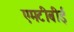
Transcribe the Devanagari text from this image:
एमटीबीई